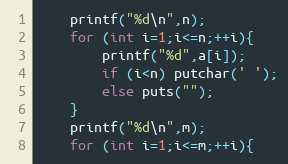
Language: C++
	printf("%d\n",n);
	for (int i=1;i<=n;++i){
		printf("%d",a[i]);
		if (i<n) putchar(' ');
		else puts("");
	}
	printf("%d\n",m);
	for (int i=1;i<=m;++i){